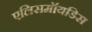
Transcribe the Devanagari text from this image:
एलिसमॉयडिस